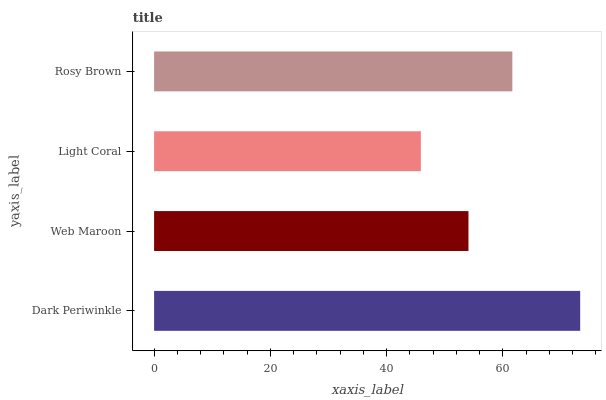
| yaxis_label | bars |
 | --- | --- |
 | Dark Periwinkle | 73.3 |
 | Web Maroon | 54.1 |
 | Light Coral | 45.9 |
 | Rosy Brown | 61.6 |